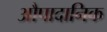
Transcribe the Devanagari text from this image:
औपादानिक